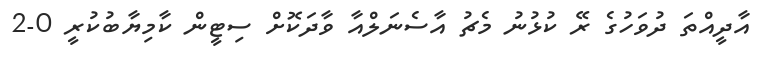
އާދީއްތަ ދުވަހުގެ ރޭ ކުޅުނު މެޗު އާސެނަލްއާ ވާދަކޮށް ސިޓީން ކާމިޔާބުކުރީ 0-2